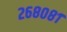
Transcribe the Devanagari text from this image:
२६८०८१